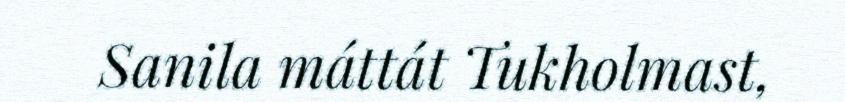
Sanila máttát Tukholmast,